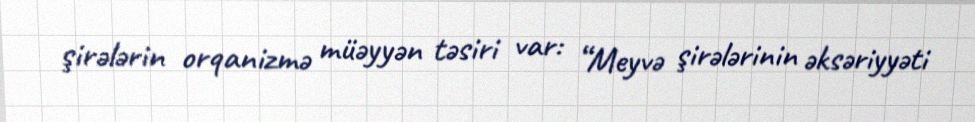
şirələrin orqanizmə müəyyən təsiri var: “Meyvə şirələrinin əksəriyyəti